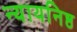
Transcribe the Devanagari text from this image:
न्यायनिष्ठ